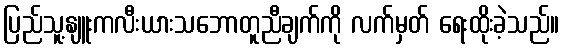
ပြည်သူ့နျူးကလီးယားသဘောတူညီချက်ကို လက်မှတ် ရေးထိုးခဲ့သည်။